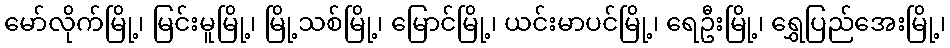
မော်လိုက်မြို့၊ မြင်းမူမြို့၊ မြို့သစ်မြို့၊ မြောင်မြို့၊ ယင်းမာပင်မြို့၊ ရေဦးမြို့၊ ရွှေပြည်အေးမြို့၊